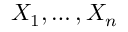
X _ { 1 } , \ldots , X _ { n }